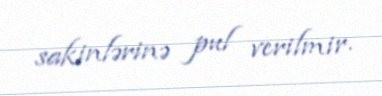
sakinlərinə pul verilmir.